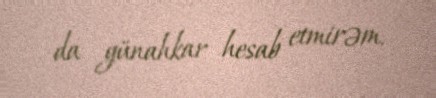
da günahkar hesab etmirəm.